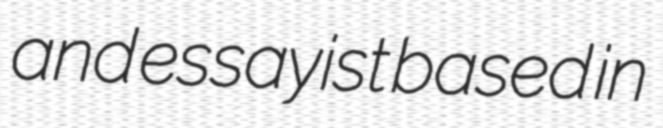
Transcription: and essayist based in